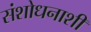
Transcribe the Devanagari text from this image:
संशोधनाशी